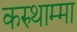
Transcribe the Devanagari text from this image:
करुथाम्मा